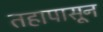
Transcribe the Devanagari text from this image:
तहापासून